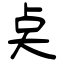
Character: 奌